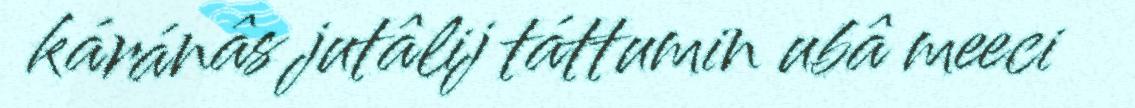
káránâs jutâlij táttumin ubâ meeci